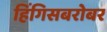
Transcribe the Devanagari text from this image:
हिंगिसबरोबर